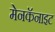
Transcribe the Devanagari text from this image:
मेनकॅनाइट